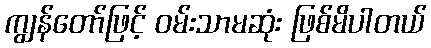
ကျွန်တော်ဖြင့် ဝမ်းသာမဆုံး ဖြစ်မိပါတယ်